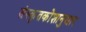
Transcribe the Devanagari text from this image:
संस्कृतकोशानुसार